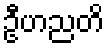
ဦဟညတိ